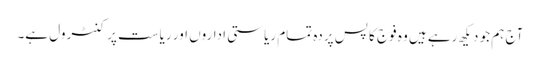
آج ہم جو دیکھ رہے ہیں وہ فوج کا پس پردہ تمام ریاستی اداروں اور ریاست پر کنٹرول ہے۔